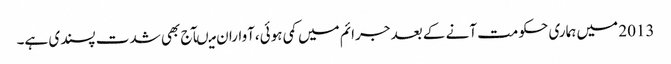
2013 میں ہماری حکومت آنے کے بعد جرائم میں کمی ہوئی،آواران میںآج بھی شدت پسندی ہے۔